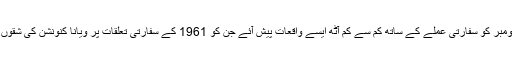
تین نومبر کو بھیجے گئے مراسلے کے مطابق دو اور تین نومبر کو سفارتی عملے کے ساتھ کم سے کم آٹھ ایسے واقعات پیش آئے جن کو 1961 کے سفارتی تعلقات پر ویانا کنونشن کی شقوں 22 (3)، 25، 26، 29 کی خلاف ورزی قرار دیا گیا ہے۔